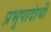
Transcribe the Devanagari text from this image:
प्रभुपादांची